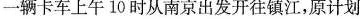
到达，但实际晚点2小时。这辆汽车实际每小时行驶多少千米?